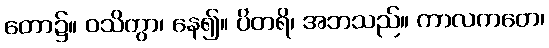
တော၌။ ဝသိတွာ၊ နေ၍။ ပိတရိ၊ အဘသည်။ ကာလကတေ၊